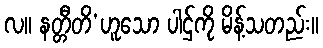
လ။ နတ္တီတိ’ဟူသော ပါဌ်ကို မိန့်သတည်း။